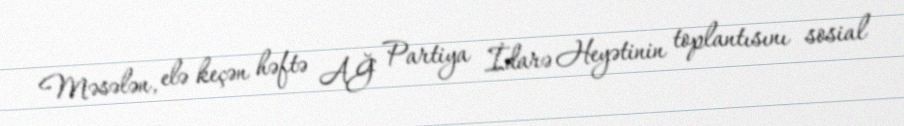
Məsələn, elə keçən həftə AĞ Partiya İdarə Heyətinin toplantısını sosial